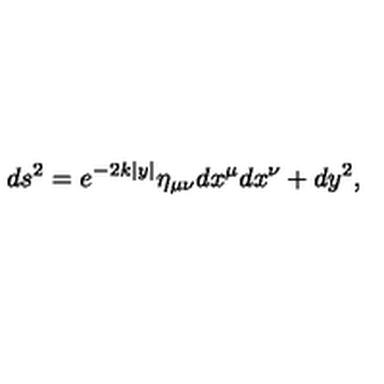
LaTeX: d s ^ { 2 } = e ^ { - 2 k | y | } \eta _ { \mu \nu } d x ^ { \mu } d x ^ { \nu } + d y ^ { 2 } ,